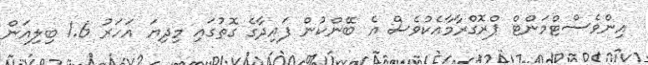
އިންވެސްޓްމަންޓް ޕްރޮގްރާމާއެކުވެސް އެ ބޭންކުން ފައިދާގެ ގޮތުގައި މިދިޔަ އަހަރު 1.6 ބިލިއަން